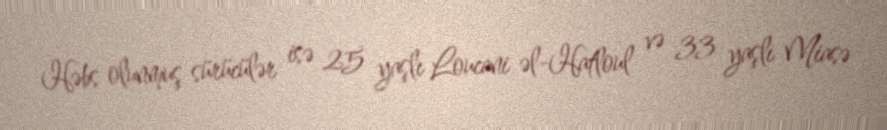
Həbs olunmuş sürücülər isə 25 yaşlı Loucani əl-Hatloul və 33 yaşlı Miasə